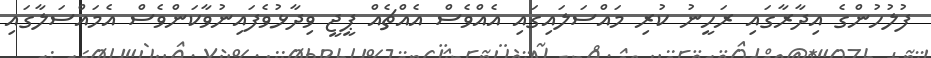
ފުލުހުންގެ އިދާރާގައި ރަހީނު ކުރި މައްސަލައިގައި އެއްވެސް އެއްޗެއް ޕީޖީ ވިދާޅުވެފައިނުވާކަންވެސް އެމައްސަލާގައި